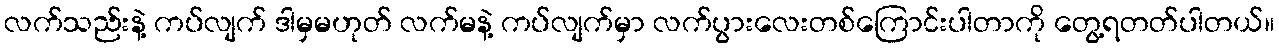
လက်သည်းနဲ့ ကပ်လျက် ဒါမှမဟုတ် လက်မနဲ့ ကပ်လျက်မှာ လက်ပွားလေးတစ်ကြောင်းပါတာကို တွေ့ရတတ်ပါတယ်။